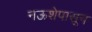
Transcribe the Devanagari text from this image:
नऊशेपासून